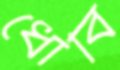
ধোবি